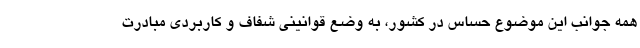
همه جوانب این موضوع حساس در کشور، به وضع قوانینی شفاف و کاربردی مبادرت